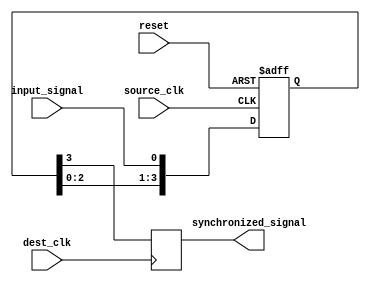
module four_flop_synchronizer (
    input wire source_clk,
    input wire dest_clk,
    input wire reset,
    input wire input_signal,
    output reg synchronized_signal
);

reg [3:0] sync_reg;

always @(posedge source_clk or posedge reset) begin
    if (reset) begin
        sync_reg <= 4'b0000;
    end else begin
        sync_reg <= {sync_reg[2:0], input_signal};
    end
end

always @(posedge dest_clk) begin
    synchronized_signal <= sync_reg[3];
end

endmodule